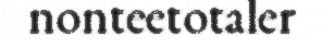
nonteetotaler